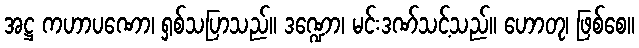
အဋ္ဌ ကဟာပဏော၊ ရှစ်သပြာသည်။ ဒဏ္ဍော၊ မင်းဒဏ်သင့်သည်။ ဟောတု၊ ဖြစ်စေ။